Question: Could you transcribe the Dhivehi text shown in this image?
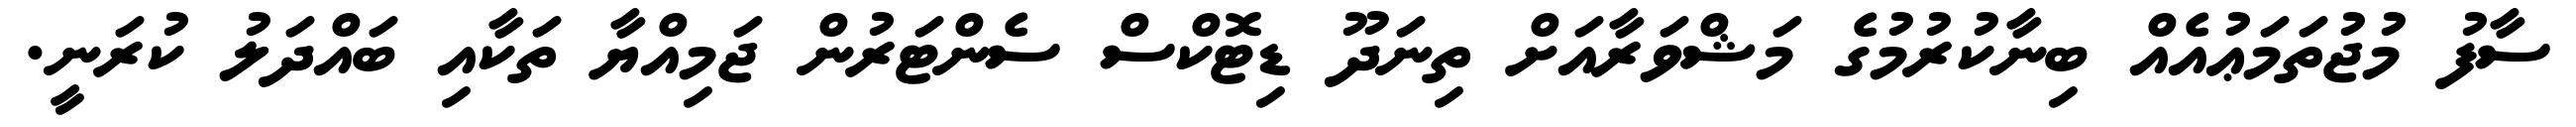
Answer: ސާފު މުޖުތަމަޢުއެއް ބިނާކުރުމުގެ މަޝްވަރާއަށް ތިނަދޫ ޑިޓޮކްސް ސެންޓަރުން ޖަމިއްޔާ ތަކާއި ބައްދަލު ކުރަނީ.